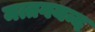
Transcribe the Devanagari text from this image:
मत्तगयन्द